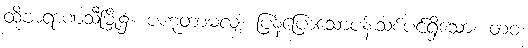
ထိုဗာရာဏသီမြို့၌။ ပဟုတာမလျံ၊ ပြန့်ပြောသောပန်းသစ်ပင်ရှိသော။ တဝ၊